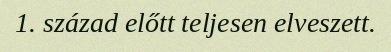
1. század előtt teljesen elveszett.